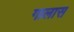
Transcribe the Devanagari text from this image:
गालास